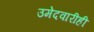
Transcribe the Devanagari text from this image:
उमेदवारीही